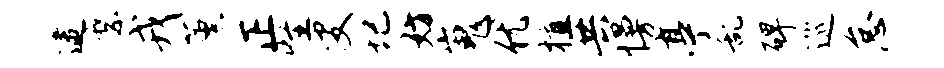
逮縻戎薰正怪叟圮妨嵬优植共慢亭乱碑巡怠